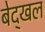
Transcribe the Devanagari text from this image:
बेद्खल